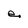
Character: e